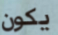
يكون